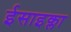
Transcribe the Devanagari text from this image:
ईसाइक्ला